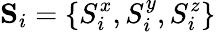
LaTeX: \mathbf{S}_{i}=\{ S_{i}^{x},S_{i}^{y},S_{i}^{z}\}